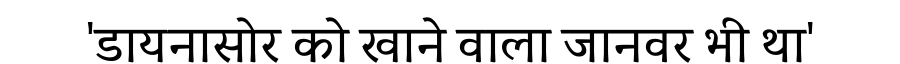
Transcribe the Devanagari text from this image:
'डायनासोर को खाने वाला जानवर भी था'